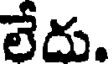
లేదు.